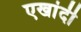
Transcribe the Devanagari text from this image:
एखांदी